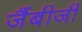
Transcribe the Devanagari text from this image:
जैंबीजी